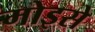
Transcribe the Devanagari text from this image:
मोइसे